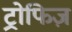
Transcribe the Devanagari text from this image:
ट्रोफिज़